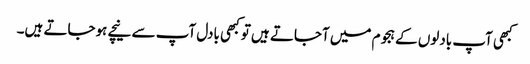
کبھی آپ بادلوں کے ہجوم میں آجاتے ہیں تو کبھی بادل آپ سے نیچے ہوجاتے ہیں۔